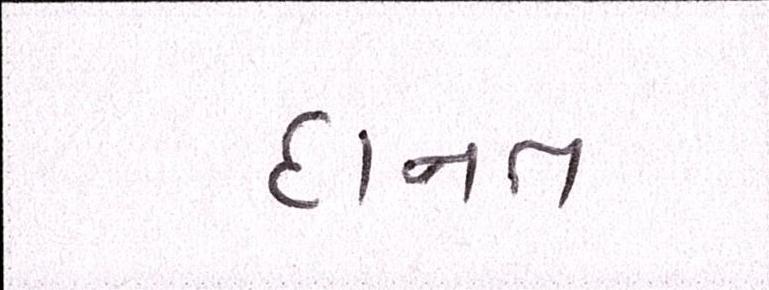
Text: દાનત